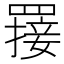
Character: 𦌈